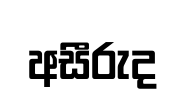
අසීරුද